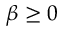
\beta \geq 0